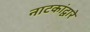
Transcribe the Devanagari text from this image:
नाटकांद्वारे